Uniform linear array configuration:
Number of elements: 12
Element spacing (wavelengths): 0.75
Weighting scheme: blackman
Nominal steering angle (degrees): -15
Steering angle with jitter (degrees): -13.374
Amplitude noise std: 0.05
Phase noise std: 0.05

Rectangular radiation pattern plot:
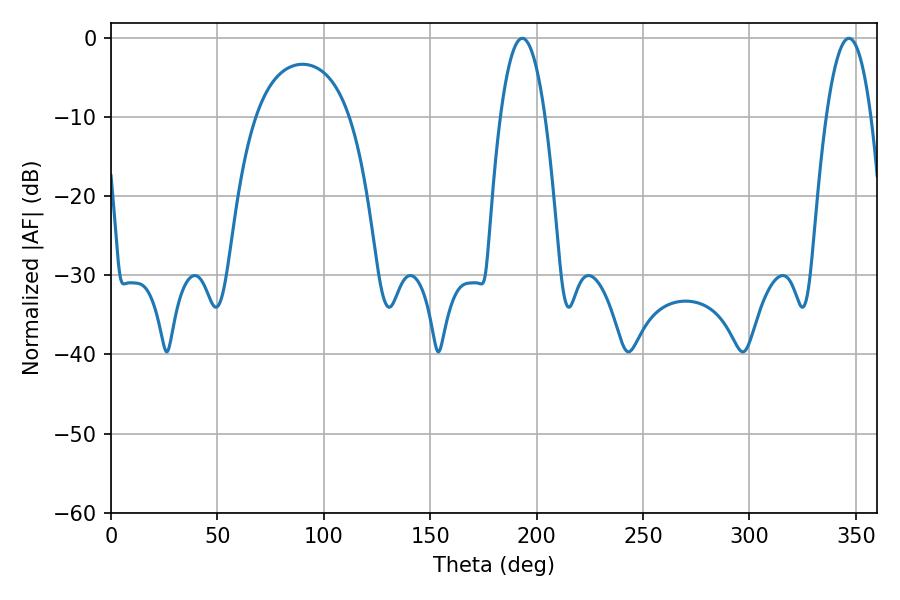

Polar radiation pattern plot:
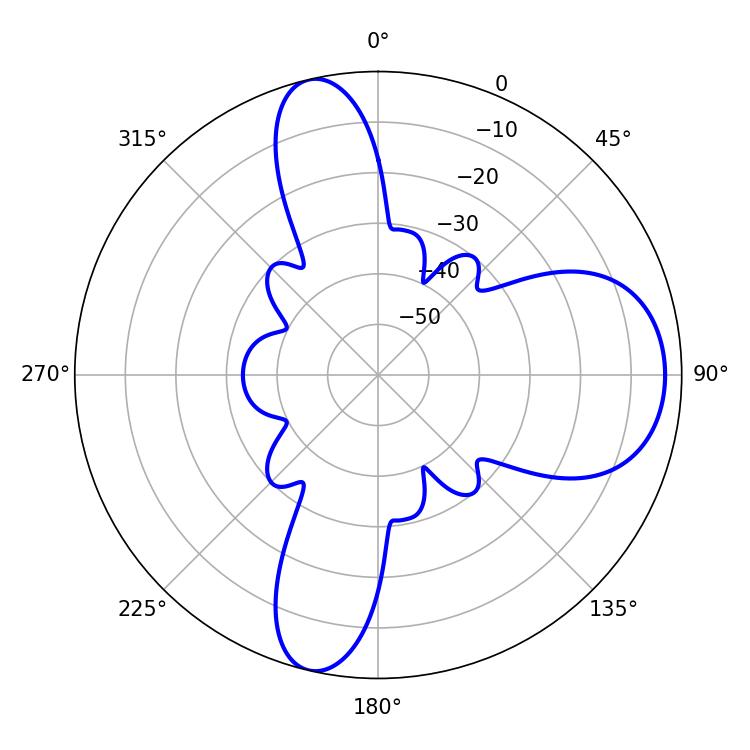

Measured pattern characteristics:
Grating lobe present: TRUE
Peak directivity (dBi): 11.045
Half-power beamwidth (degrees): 11.52
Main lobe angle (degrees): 193.32